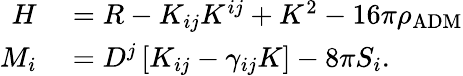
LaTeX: \begin{array}{rl}{H}&{{}=R-K_{ij}K^{ij}+K^{2}-16\pi\rho_{\mathrm{ADM}}}\\ {M_{i}}&{{}=D^{j}\left[K_{ij}-\gamma_{ij}K\right]-8\pi S_{i}.}\end{array}